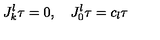
J _ { k } ^ { l } \tau = 0 , \quad J _ { 0 } ^ { l } \tau = c _ { l } \tau